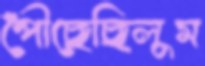
পৌঁছেছিলুম